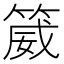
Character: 𬕚